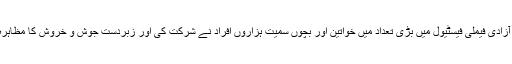
جشن آزادی فیملی فیسٹیول میں بڑی تعداد میں خواتین اور بچوں سمیت ہزاروں افراد نے شرکت کی اور زبردست جوش و خروش کا مظاہرہ کیا ۔